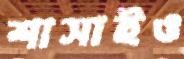
শাসাইও